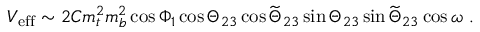
{ \cal V } _ { \mathrm { e f f } } \sim 2 C m _ { t } ^ { 2 } m _ { b } ^ { 2 } \cos \Phi _ { 1 } \cos \Theta _ { 2 3 } \cos \widetilde \Theta _ { 2 3 } \sin \Theta _ { 2 3 } \sin \widetilde \Theta _ { 2 3 } \cos \omega \ .